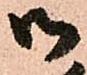
御